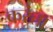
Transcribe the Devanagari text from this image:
करंता